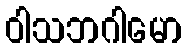
ဝါသဘဂါမော